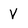
Character: V